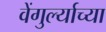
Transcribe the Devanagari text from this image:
वेंगुर्ल्याच्या